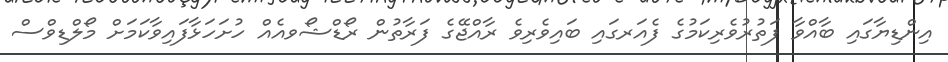
އިންޑިޔާގައި ބާއްވާ ފަތުރުވެރިކަމުގެ ފެއަރގައި ބައިވެރިވެ ރާއްޖޭގެ ފަރާތުން ރޯޑްޝޯވއެއް ހުށަހަޅާފައިވާކަމަށް މޯލްޑިވްސް